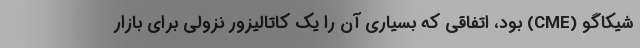
شیکاگو (CME) بود، اتفاقی که بسیاری آن را یک کاتالیزور نزولی برای بازار